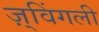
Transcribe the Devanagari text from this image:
ज़्विंगली